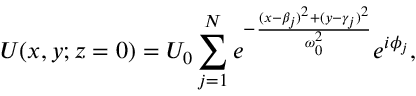
U ( x , y ; z = 0 ) = U _ { 0 } \sum _ { j = 1 } ^ { N } e ^ { - \frac { ( x - \beta _ { j } ) ^ { 2 } + ( y - \gamma _ { j } ) ^ { 2 } } { \omega _ { 0 } ^ { 2 } } } e ^ { i \phi _ { j } } ,